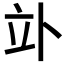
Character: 𥩖